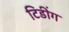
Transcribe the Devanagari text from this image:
टिडींग